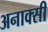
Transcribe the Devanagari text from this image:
अनाक्सी